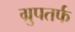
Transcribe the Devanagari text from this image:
ग्रुपतर्फ